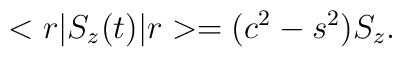
<r|S_{z}(t)|r>=(c^{2}-s^{2}) S_{z}.